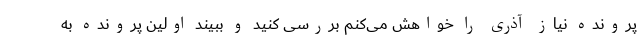
پرونده نیاز آذری را خواهش می‌کنم بررسی کنید و ببیند اولین پرونده به